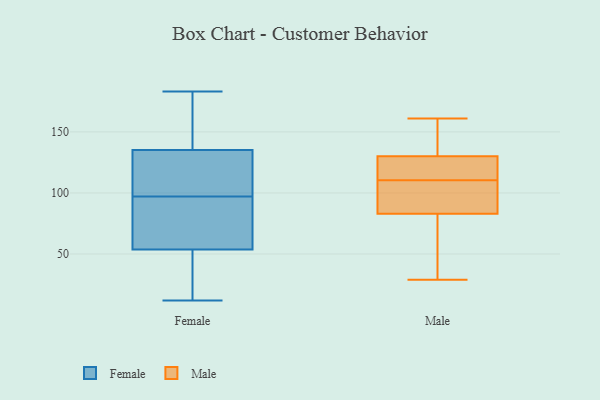
{"axis": {"x": "Inventory Turnover", "y": "Value"}, "legend": ["Female", "Male"], "data": [{"x": "", "y": 13, "type": "Female"}, {"x": "", "y": 139, "type": "Female"}, {"x": "", "y": 12, "type": "Female"}, {"x": "", "y": 133, "type": "Female"}, {"x": "", "y": 97, "type": "Female"}, {"x": "", "y": 62, "type": "Female"}, {"x": "", "y": 112, "type": "Female"}, {"x": "", "y": 92, "type": "Female"}, {"x": "", "y": 81, "type": "Female"}, {"x": "", "y": 172, "type": "Female"}, {"x": "", "y": 41, "type": "Female"}, {"x": "", "y": 166, "type": "Female"}, {"x": "", "y": 134, "type": "Female"}, {"x": "", "y": 183, "type": "Female"}, {"x": "", "y": 130, "type": "Female"}, {"x": "", "y": 28, "type": "Female"}, {"x": "", "y": 58, "type": "Female"}, {"x": "", "y": 70, "type": "Male"}, {"x": "", "y": 110, "type": "Male"}, {"x": "", "y": 83, "type": "Male"}, {"x": "", "y": 161, "type": "Male"}, {"x": "", "y": 122, "type": "Male"}, {"x": "", "y": 144, "type": "Male"}, {"x": "", "y": 29, "type": "Male"}, {"x": "", "y": 100, "type": "Male"}, {"x": "", "y": 130, "type": "Male"}, {"x": "", "y": 111, "type": "Male"}]}